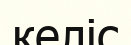
келіс